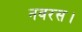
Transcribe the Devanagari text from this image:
नवरस।